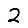
Digit: 2